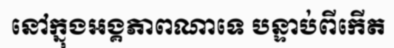
នៅក្នុងអង្គភាពណាទេ បន្ទាប់ពីកើត